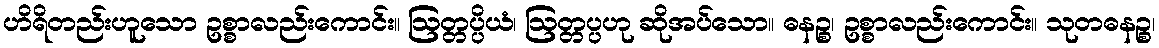
ဟိရိတည်းဟူသော ဥစ္စာလည်းကောင်း။ ဩတ္တပ္ပိယံ၊ ဩတ္တပ္ပဟု ဆိုအပ်သော။ ဓနဉ္စ၊ ဥစ္စာလည်းကောင်း။ သုတဓနဉ္စ၊